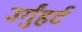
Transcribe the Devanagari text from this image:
उर्गुंहर्ट